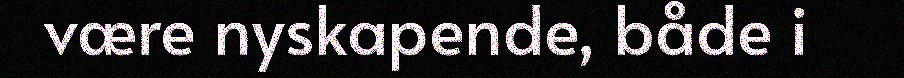
være nyskapende, både i